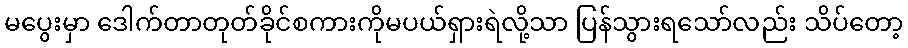
မပွေးမှာ ဒေါက်တာတုတ်ခိုင်စကားကိုမပယ်ရှားရဲလို့သာ ပြန်သွားရသော်လည်း သိပ်တော့